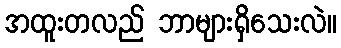
အထူးတလည် ဘာများရှိသေးလဲ။